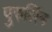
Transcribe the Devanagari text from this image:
पुरुलिंग